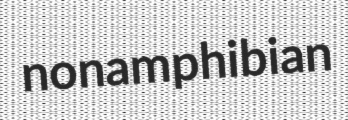
nonamphibian